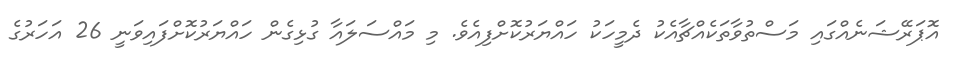
އޮޕަރޭޝަނެއްގައި މަސްތުވާތަކެއްޗާއެކު ދެމީހަކު ހައްޔަރުކޮށްފިއެވެ. މި މައްސަލައާ ގުޅިގެން ހައްޔަރުކޮށްފައިވަނީ 26 އަހަރުގެ